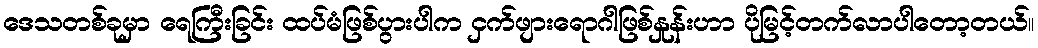
ဒေသတစ်ခုမှာ ရေကြီးခြင်း ထပ်မံဖြစ်ပွားပါက ငှက်ဖျားရောဂါဖြစ်နှုန်းဟာ ပိုမြင့်တက်လာပါတော့တယ်။